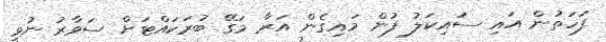
ފަހަތުން އައި ސައިކަލު ފުން މައިގެން އަރާ މަގޭ ބުރަކައްޓަށް ސަވާރު ނުވީ